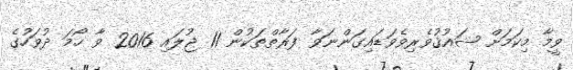
ވީމާ މިކަމަށް ޝައުޤުވެރިވެވަޑައިގަންނަވާ ފަރާތްތަކުން 11 ޖުލައި 2016 ވާ ހޯމަ ދުވަހުގެ